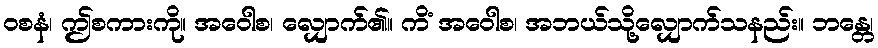
ဝစနံ၊ ဤစကားကို။ အဝေါစ၊ လျှောက်၏။ ကိံ အဝေါစ၊ အဘယ်သို့လျှောက်သနည်း။ ဘန္တေ၊